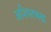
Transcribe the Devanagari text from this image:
अशिस्तबद्ध